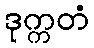
ဒုက္ကတံ